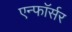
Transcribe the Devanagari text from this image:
एन्फाॅर्सर